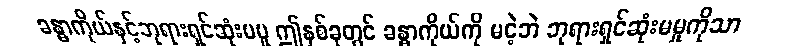
ခန္ဓာကိုယ်နှင့်ဘုရားရှင်ဆုံးမမူ ဤနှစ်ခုတွင် ခန္ဓာကိုယ်ကို မငဲ့ဘဲ ဘုရားရှင်ဆုံးမမှုကိုသာ